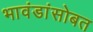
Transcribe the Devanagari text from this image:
भावंडांसोबत